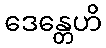
ဒေန္တေဟိ